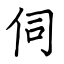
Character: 伺